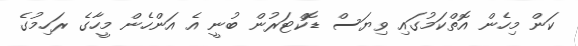
ކަން މިހެން އޮތްކަމުގައި ވިޔަސް ޑޮކްޓަރުން ބުނީ އެ އަންހެން މީހާގެ ރަހިމުގެ